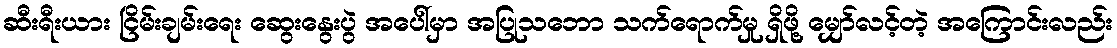
ဆီးရီးယား ငြိမ်းချမ်းရေး ဆွေးနွေးပွဲ အပေါ်မှာ အပြုသဘော သက်ရောက်မှု ရှိဖို့ မျှော်လင့်တဲ့ အကြောင်းလည်း